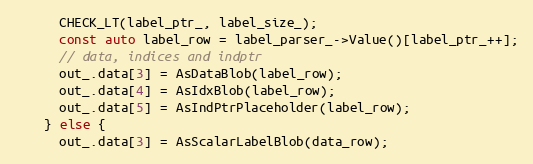
Language: C++
      CHECK_LT(label_ptr_, label_size_);
      const auto label_row = label_parser_->Value()[label_ptr_++];
      // data, indices and indptr
      out_.data[3] = AsDataBlob(label_row);
      out_.data[4] = AsIdxBlob(label_row);
      out_.data[5] = AsIndPtrPlaceholder(label_row);
    } else {
      out_.data[3] = AsScalarLabelBlob(data_row);